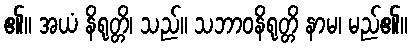
၏။ အယံ နိရုတ္တိ၊ သည်။ သဘာဝနိရုတ္တိ နာမ၊ မည်၏။